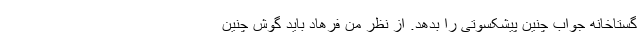
گستاخانه جواب چنین پیشکسوتی را بدهد. از نظر من فرهاد باید گوش چنین